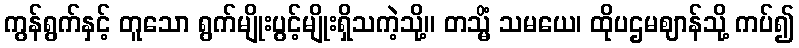
ကွန်ရွက်နှင့် တူသော ရွက်မျိုးပွင့်မျိုးရှိသကဲ့သို့။ တသ္မိံ သမယေ၊ ထိုပဌမဈာန်သို့ ကပ်၍